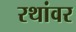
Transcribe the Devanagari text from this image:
रथांवर